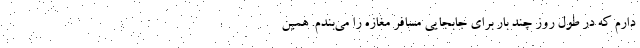
دارم که در طول روز چند بار برای جابجایی مسافر مغازه را می‌بندم. همین